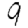
Digit: 9